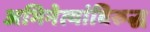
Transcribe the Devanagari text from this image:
अभिनेत्यांविरुद्ध